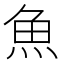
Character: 魚